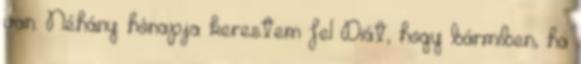
van. Néhány hónapja kerestem fel Diát, hogy bármiben, ha